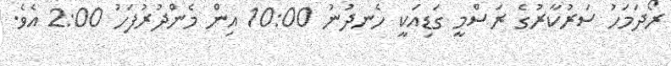
ރޯދަމަހު ސަރުކާރުގެ ރަސްމީ ގަޑިއަކީ ހެނދުނު 10:00 އިން މެންދުރުފަހު 2:00 އެވެ.